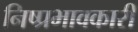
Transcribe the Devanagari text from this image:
निष्प्रभावकारी